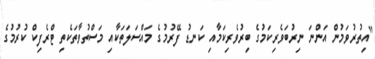
"އިތުރުވަމުން އަންނަ ނިރުބަވެރިކަމުގެ ބިރުވެރިކަމާއި ކަނޑު ފޭރުމުގެ މައްސަލަތަކާއި މަސްތުވާތަކެތި ޓްރެފިކް ކުރުމުގެ